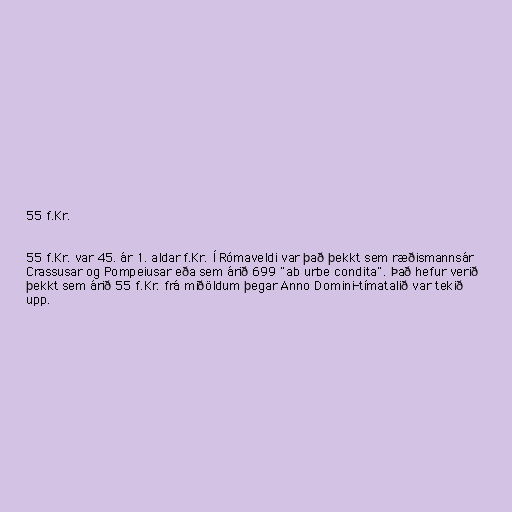
55 f.Kr.

55 f.Kr. var 45. ár 1. aldar f.Kr. Í Rómaveldi var það þekkt sem ræðismannsár
Crassusar og Pompeiusar eða sem árið 699 "ab urbe condita". Það hefur verið
þekkt sem árið 55 f.Kr. frá miðöldum þegar Anno Domini-tímatalið var tekið
upp.